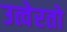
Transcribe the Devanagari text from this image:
उत्वेरतो